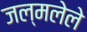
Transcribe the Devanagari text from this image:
जल्मलेले